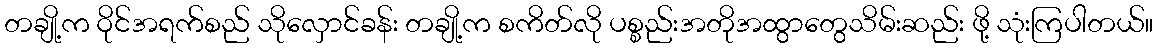
တချို့က ဝိုင်အရက်စည် သိုလှောင်ခန်း တချို့က စကိတ်လို ပစ္စည်းအတိုအထွာတွေသိမ်းဆည်း ဖို့ သုံးကြပါတယ်။